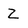
Character: z